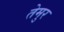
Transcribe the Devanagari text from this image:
तेमुर